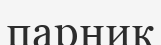
парник